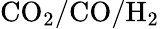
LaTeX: \mathrm{CO_{2}/CO/H_{2}}